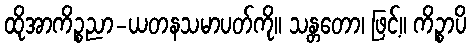
ထိုအာကိဉ္စညာ-ယတနသမာပတ်ကို။ သန္တတော၊ ဖြင့်။ ကိဉ္စာပိ